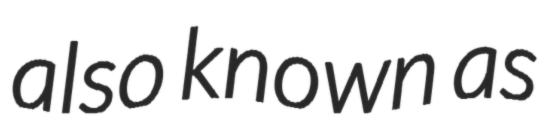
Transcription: also known as